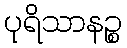
ပုရိသာနဉ္စ